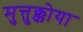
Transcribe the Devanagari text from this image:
मुत्तुक्कोया